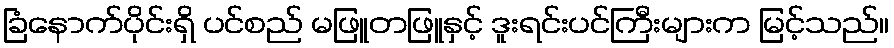
ခြံနောက်ပိုင်းရှိ ပင်စည် မဖြူတဖြူနှင့် ဒူးရင်းပင်ကြီးများက မြင့်သည်။